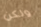
ولكن